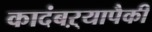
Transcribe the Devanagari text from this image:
कादंबऱ्यापैकी